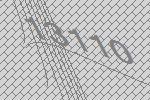
13110